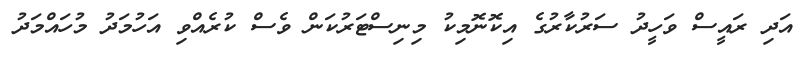
އަދި ރައީސް ވަހީދު ސަރުކާރުގެ އިކޮނޮމިކު މިނިސްޓަރުކަން ވެސް ކުރެއްވި އަހުމަދު މުހައްމަދު